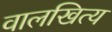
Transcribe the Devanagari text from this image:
वालखित्य